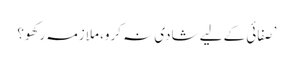
’صفائی کے لیے شادی نہ کرو، ملازمہ رکھو؟